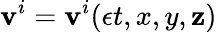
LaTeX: \mathbf{v}^{i}=\mathbf{v}^{i}({\epsilon}t,x,y,\mathbf{z})